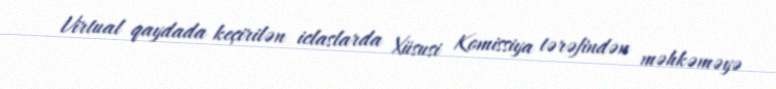
Virtual qaydada keçirilən iclaslarda Xüsusi Komissiya tərəfindən məhkəməyə